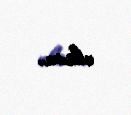
olsun.